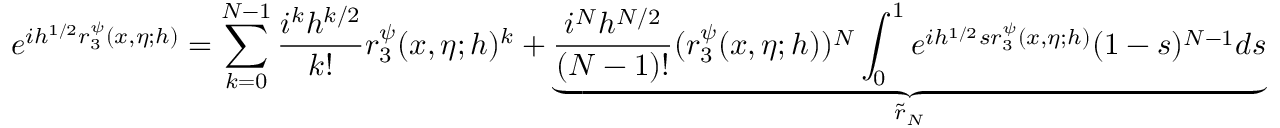
e ^ { i h ^ { 1 / 2 } r _ { 3 } ^ { \psi } ( x , \eta ; h ) } = \sum _ { k = 0 } ^ { N - 1 } \frac { i ^ { k } h ^ { k / 2 } } { k ! } r _ { 3 } ^ { \psi } ( x , \eta ; h ) ^ { k } + \underbrace { \frac { i ^ { N } h ^ { N / 2 } } { ( N - 1 ) ! } ( r _ { 3 } ^ { \psi } ( x , \eta ; h ) ) ^ { N } \int _ { 0 } ^ { 1 } e ^ { i h ^ { 1 / 2 } s r _ { 3 } ^ { \psi } ( x , \eta ; h ) } ( 1 - s ) ^ { N - 1 } d s } _ { \tilde { r } _ { N } }